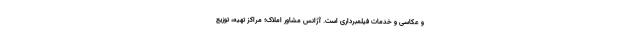
و عکاسی و خدمات فیلمبرداری است. آژانس مشاور املاک؛ مراکز تهیه، توزیع